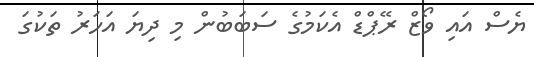
ޔެސް އައި ވޯޒް ރޭޕްޑް އެކަމުގެ ސަބަބުން މި ދިޔަ އަހަރު ތަކުގަ